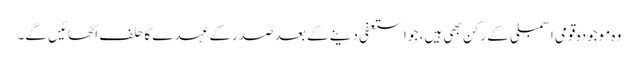
وہ موجودہ قومی اسمبلی کے رکن بھی ہیں، جو استعفیٰ دینے کے بعد صدرکے عہدے کا حلف اُٹھائیں گے۔